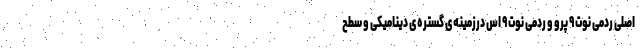
اصلی ردمی نوت ۹ پرو و ردمی نوت ۹ اس درزمینه‌ی گستره‌ی دینامیکی و سطح